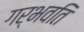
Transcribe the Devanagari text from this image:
गर्भवति